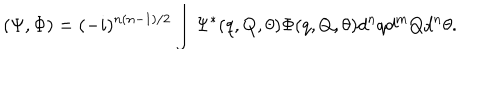
( \Psi , \Phi ) = ( - i ) ^ { n ( n - 1 ) / 2 } \int \Psi ^ { * } ( q , Q , \theta ) \Phi ( q , Q , \theta ) d ^ { n } q d ^ { m } Q d ^ { n } \theta .